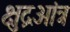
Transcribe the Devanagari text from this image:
क्षुद्रआंत्र